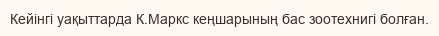
Кейінгі уақыттарда К.Маркс кеңшарының бас зоотехнигі болған.